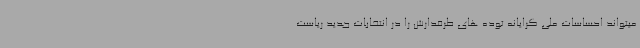
میتواند احساسات ملی گرایانه توده های طرفدارش را در انتخابات جدید ریاست